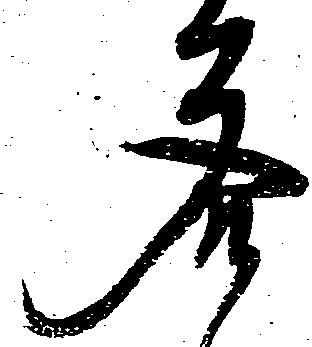
答